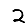
Digit: 2